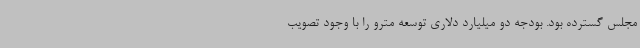
مجلس گسترده بود. بودجه دو میلیارد دلاری توسعه مترو را با وجود تصویب